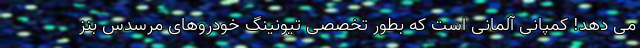
می دهد! کمپانی آلمانی است که بطور تخصصی تیونینگ خودروهای مرسدس بنز